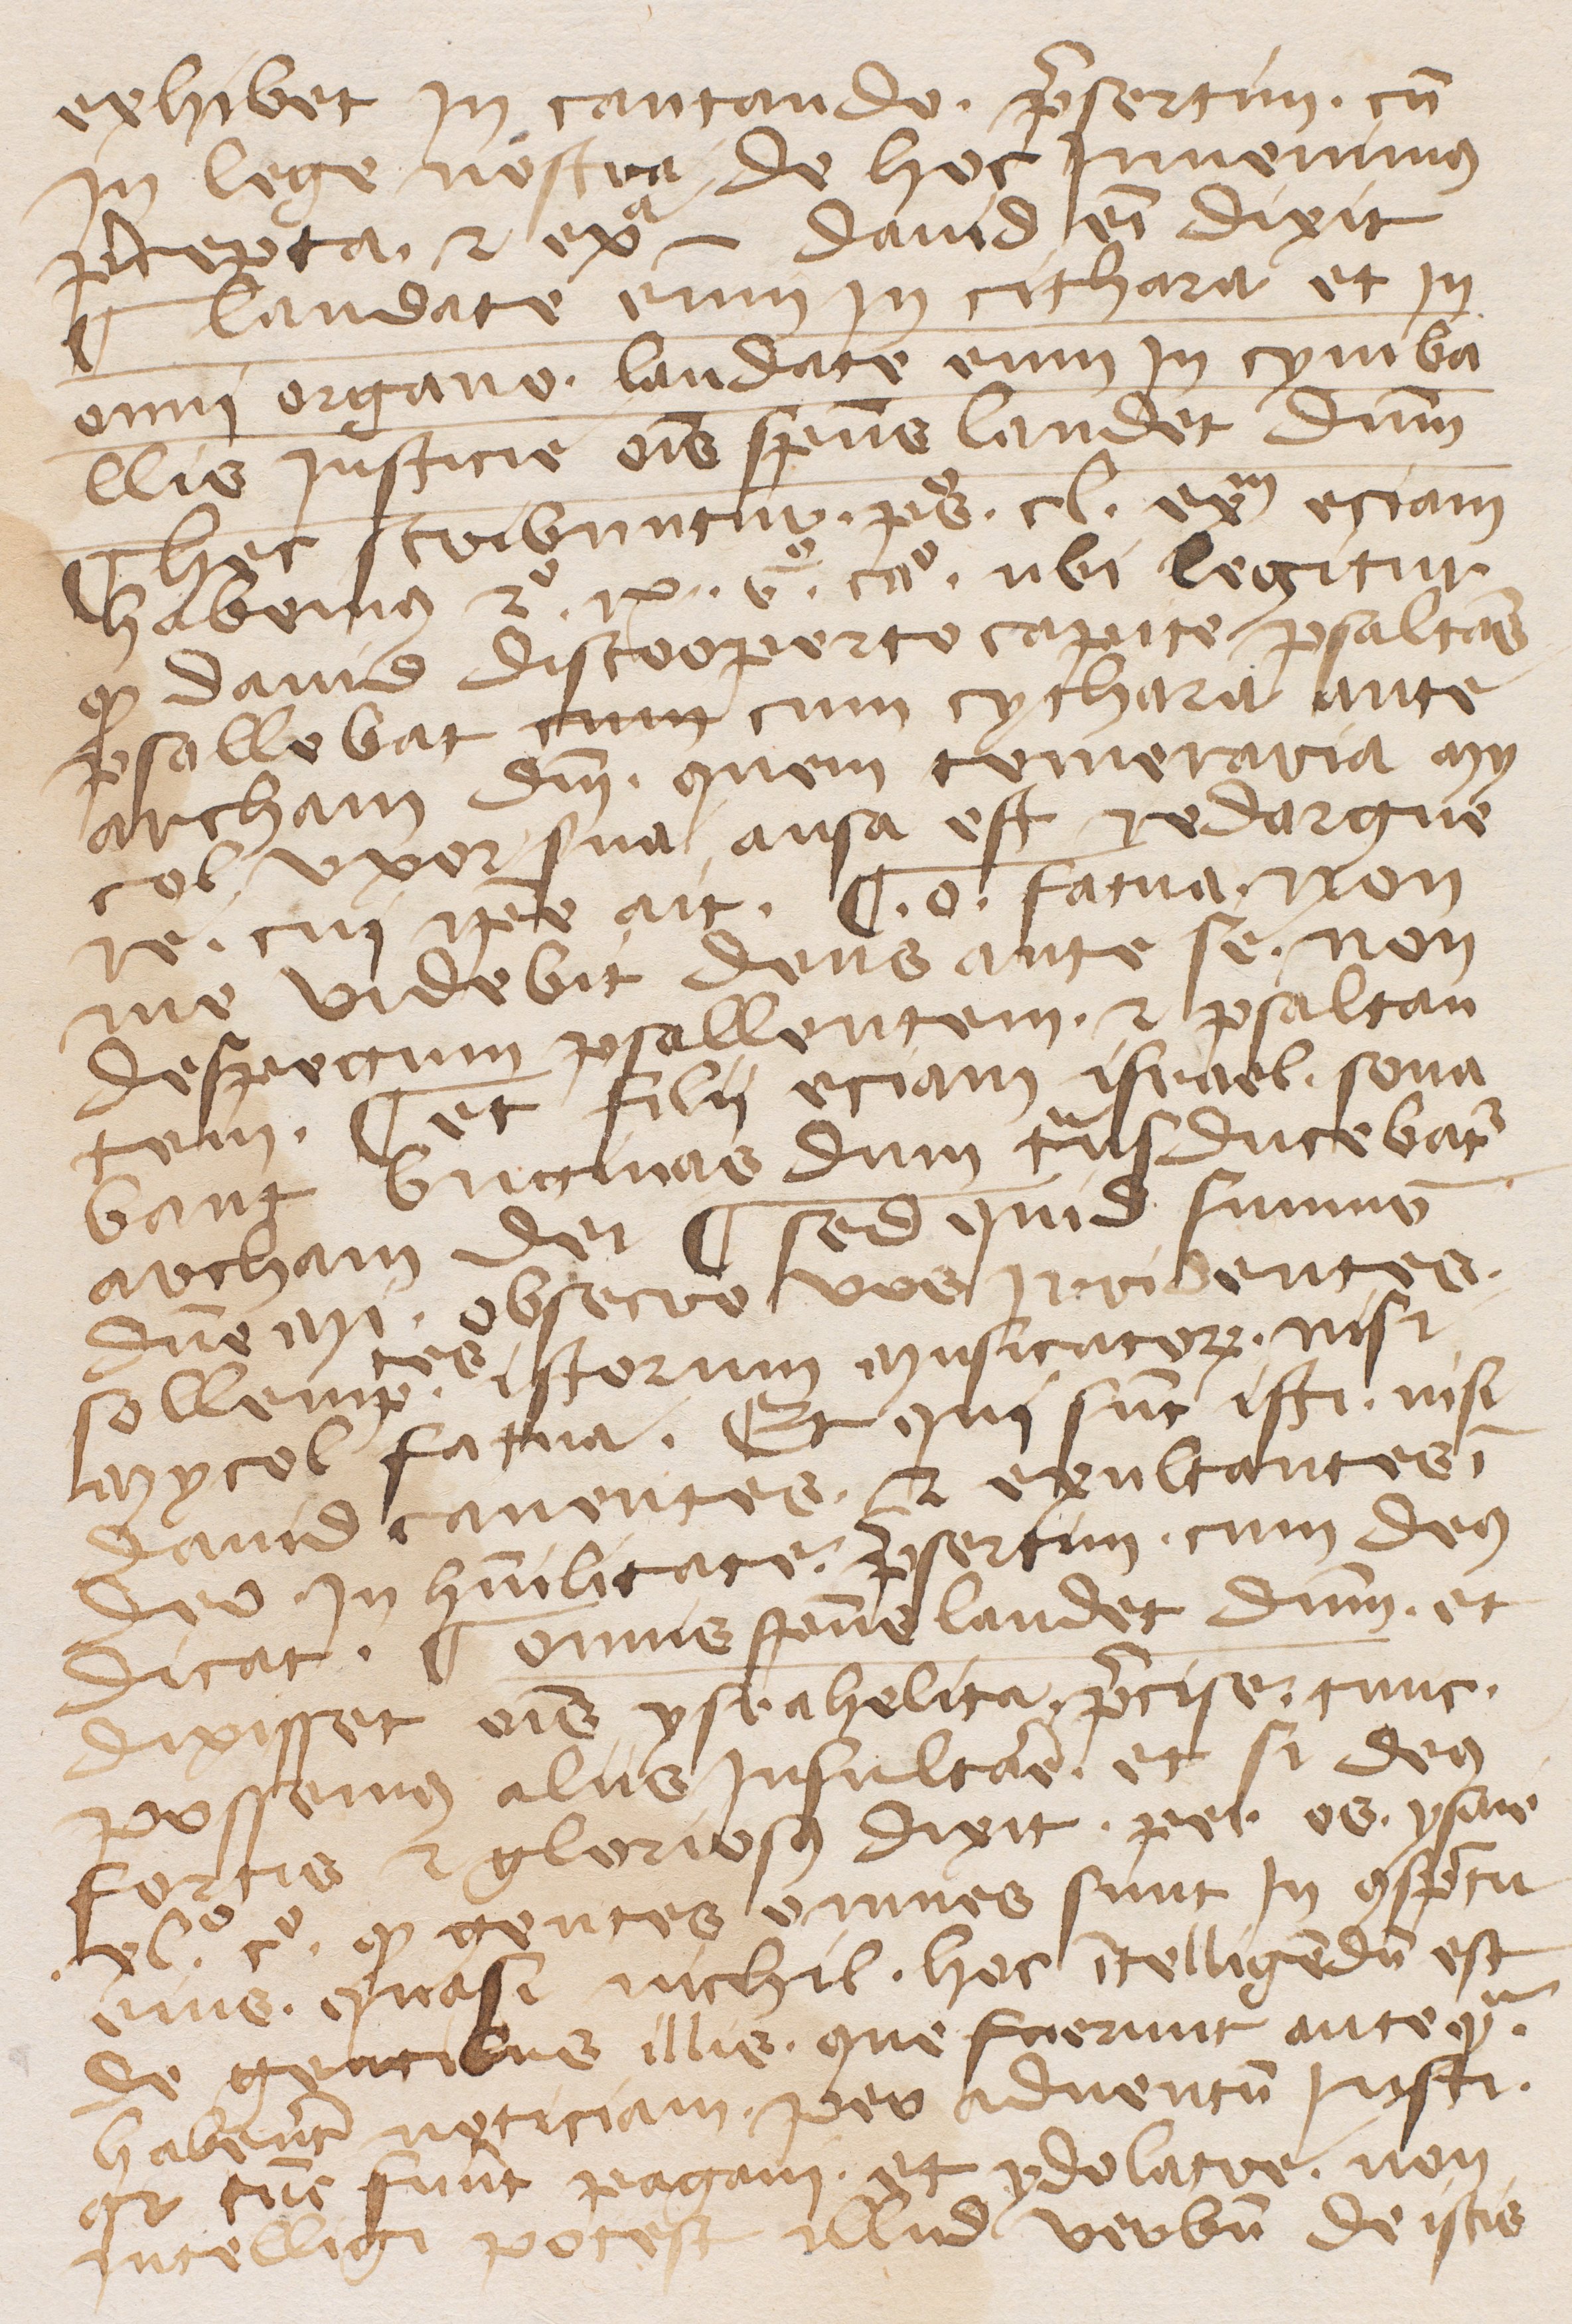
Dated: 1345–1355